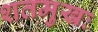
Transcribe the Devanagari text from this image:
शतमुखः